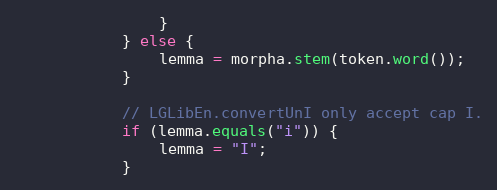
Language: Java
                }
            } else {
                lemma = morpha.stem(token.word());
            }

            // LGLibEn.convertUnI only accept cap I.
            if (lemma.equals("i")) {
                lemma = "I";
            }